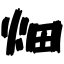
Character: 畑